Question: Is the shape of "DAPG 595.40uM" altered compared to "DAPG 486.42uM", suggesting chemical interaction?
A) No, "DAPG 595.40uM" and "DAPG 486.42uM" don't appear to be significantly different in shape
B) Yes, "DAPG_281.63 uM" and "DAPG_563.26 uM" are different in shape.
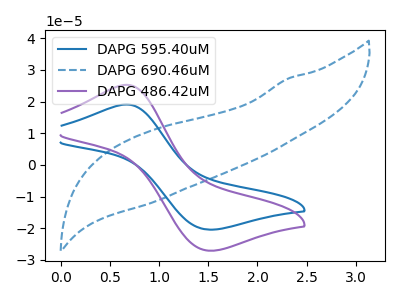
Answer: <think>The blue curve "DAPG 595.40uM" has an anodic peak at (0.65V, 19.10uA) and a cathodic peak at (1.50V, -20.40uA). The blue dashed curve "DAPG 690.46uM" has no peaks. The purple curve "DAPG 486.42uM" has an anodic peak at (0.65V, 25.30uA) and a cathodic peak at (1.50V, -27.05uA).
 All the peaks in "DAPG 595.40uM" have a peak in "DAPG 486.42uM" at the same potential. Every peak in "DAPG 595.40uM" is lower than every peak in "DAPG 486.42uM".</think>
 <answer>A) No, "DAPG 595.40uM" and "DAPG 486.42uM" don't appear to be significantly different in shape</answer>
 <eval>A</eval>